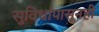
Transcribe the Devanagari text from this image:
सुविधांपासूनही